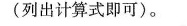
(列出计算式即可)。